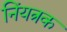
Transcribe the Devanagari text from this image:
निंयत्रक